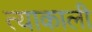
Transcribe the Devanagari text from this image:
त्याकाली